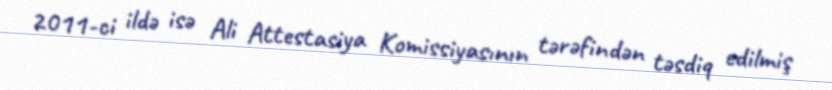
2011-ci ildə isə Ali Attestasiya Komissiyasının tərəfindən təsdiq edilmiş